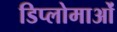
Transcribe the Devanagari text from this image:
डिप्लोमाओं